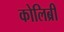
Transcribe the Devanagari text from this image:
कोलिब्री